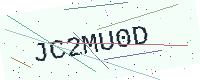
Text: JC2MU0D